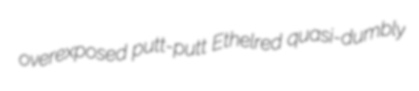
overexposed putt-putt Ethelred quasi-dumbly